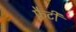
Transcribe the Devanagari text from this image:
फ़ैटी